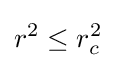
r^{2}\leq r_{c}^{2}